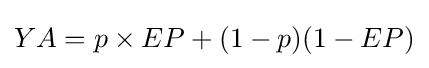
YA=p\times EP+(1-p)(1-EP)